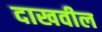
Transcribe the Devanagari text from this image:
दाखवील